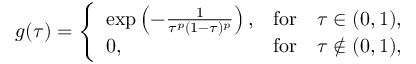
g ( \tau ) = \left\{ \begin{array} { l c c } { \exp \left( - \frac { 1 } { \tau ^ { p } ( 1 - \tau ) ^ { p } } \right) , } & { \mathrm { f o r } } & { \tau \in ( 0 , 1 ) , } \\ { 0 , } & { \mathrm { f o r } } & { \tau \notin ( 0 , 1 ) , } \end{array} \right.